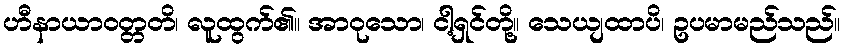
ဟီနာယာဝတ္တတိ၊ လူထွက်၏။ အာဝုသော၊ ငါ့ရှင်တို့။ သေယျထာပိ၊ ဥပမာမည်သည်။